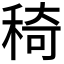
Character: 𥟏